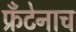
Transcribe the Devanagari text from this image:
फ्रँटेनाच